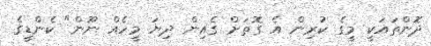
ދޮންތައަކީ މީގެ ކުރިން އެ ގޮތަށް ގެއިން ދިޔަ މީހެއް ނޫން" ކެންޑީގެ